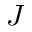
\boldsymbol { J }